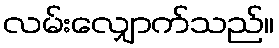
လမ်းလျှောက်သည်။